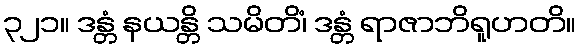
၃၂၁။ ဒန္တံ နယန္တိ သမိတိံ၊ ဒန္တံ ရာဇာဘိရူဟတိ။